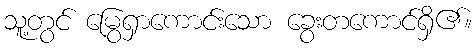
သူ့တွင် မြွေရှာကောင်းသော ခွေးတကောင်ရှိ၏။